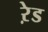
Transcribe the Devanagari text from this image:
ऱेड